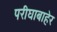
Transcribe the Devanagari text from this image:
परीघाबाहेर